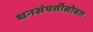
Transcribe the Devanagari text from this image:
धनसंपत्तीसोबत